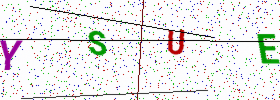
Text: YSUE